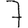
Digit: 7